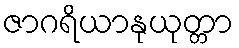
ဇာဂရိယာနုယုတ္တာ